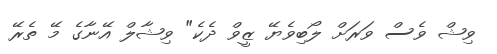
ވިޝް ވެސް ވަރަށް ލޯބިވެޔޭ ޒީވް ދެކެ" ވިޝާލް އޭނާގެ މޭ ތެރޭ